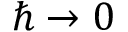
\hbar \rightarrow 0